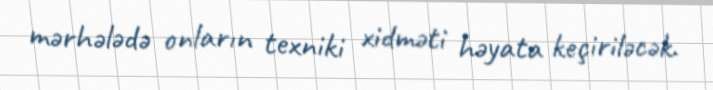
mərhələdə onların texniki xidməti həyata keçiriləcək.